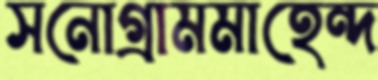
সনোগ্রামমাহেন্দ